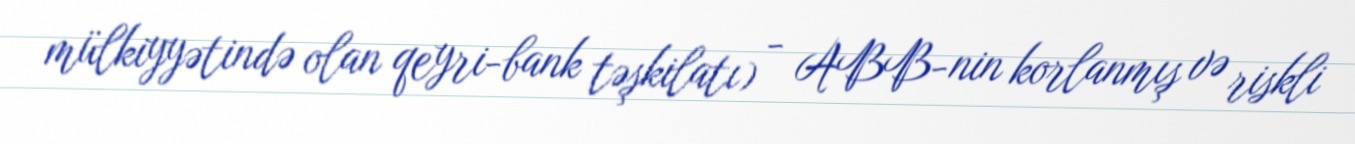
mülkiyyətində olan qeyri-bank təşkilatı) - ABB-nin korlanmış və riskli